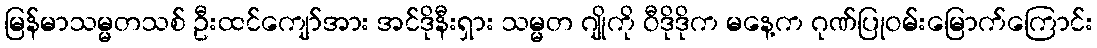
မြန်မာသမ္မတသစ် ဦးထင်ကျော်အား အင်ဒိုနီးရှား သမ္မတ ဂျိုကို ဝီဒိုဒိုက မနေ့က ဂုဏ်ပြုဝမ်းမြောက်ကြောင်း